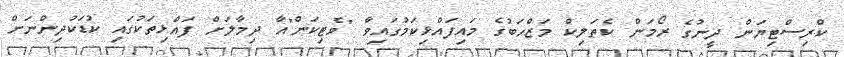
ކްރިސްޓިޔަން ދީނުގެ ރޯމަން ކެތަލިކް މަޒްހަބުގެ މައިފައްޅިކަމުގައިވާ "ވެޓިކަން"އާ ދިމާލަށް ފައްޅިތަކުގައި ކުޑަކުދިންނަށް